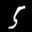
Label: 5